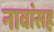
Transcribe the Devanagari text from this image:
नावांसह